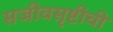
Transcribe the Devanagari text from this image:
सजीवसृष्टीची